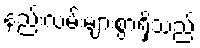
နည်းလမ်းများစွာရှိသည်